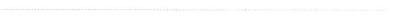
___